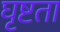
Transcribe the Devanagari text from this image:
घृष्टता